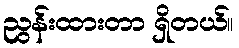
ညွန်းထားတာ ရှိတယ်။